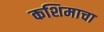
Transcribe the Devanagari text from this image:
कशिमाचा